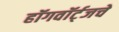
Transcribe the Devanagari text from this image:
हॉगवॉर्ट्‌जचे